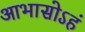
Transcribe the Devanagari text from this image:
आभासोऽहं